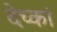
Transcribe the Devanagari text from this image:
देच्कां